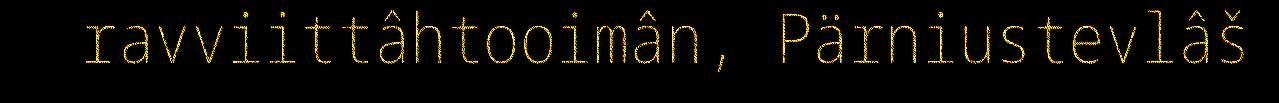
ravviittâhtooimân, Pärniustevlâš